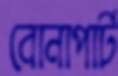
বোনাপার্ট